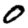
Digit: 0